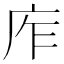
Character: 㡸